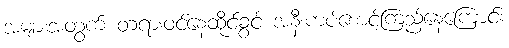
အများအတွက် တရားဝင်နေထိုင်ခွင့် အနီးကပ်စောင့်ကြည့်နေကြောင်း